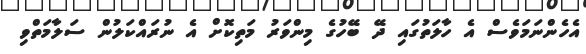
އެހެންނަމަވެސް އެ ހާލަތުގައި ދޭ ބޭހުގެ މިންވަރު މަތިކޮށް އެ ނުރައްކަލުން ސަލާމަތްވި